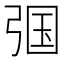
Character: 𱝞